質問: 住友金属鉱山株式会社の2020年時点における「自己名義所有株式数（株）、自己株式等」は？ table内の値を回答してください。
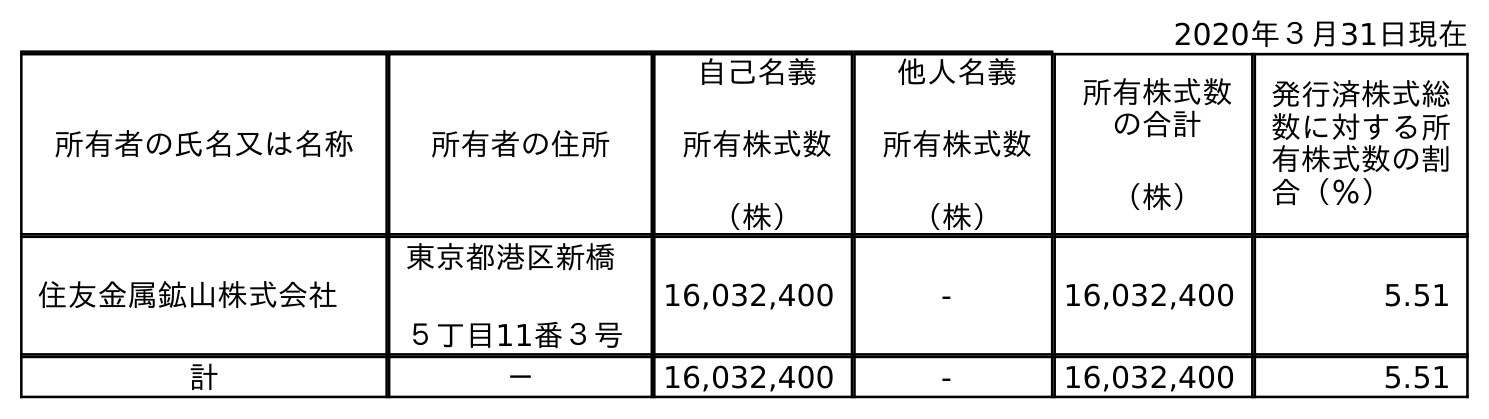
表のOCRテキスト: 2020年３月31日現在 所有者の氏名又は名称 所有者の住所 自己名義 所有株式数 （株） 他人名義 所有株式数 （株） 所有株式数 の合計 （株） 発行済株式総 数に対する所 有株式数の割 合（％） 住友金属鉱山株式会社 東京都港区新橋 ５丁目11番３号 16,032,400 - 16,032,400 5.51 計 － 16,032,400 - 16,032,400 5.51
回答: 16,032,400